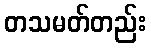
တသမတ်တည်း